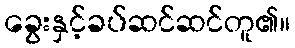
ခွေးနှင့်ခပ်ဆင်ဆင်တူ၏။